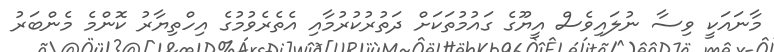
މާނައަކީ ވިސާ ނުލައިވެސް އީޔޫގެ ގައުމުތަކަށް ދަތުރުކުރުމާއި އެތެރެވުމުގެ އިހްތިޔާރު ކޮންމެ މެންބަރު